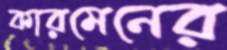
কারমেনের